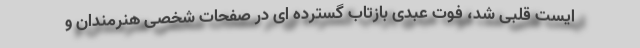
ایست قلبی شد، فوت عبدی بازتاب گسترده ای در صفحات شخصی هنرمندان و